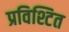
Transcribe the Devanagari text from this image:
प्रविश्टित